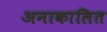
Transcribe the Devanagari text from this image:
अनाकालित